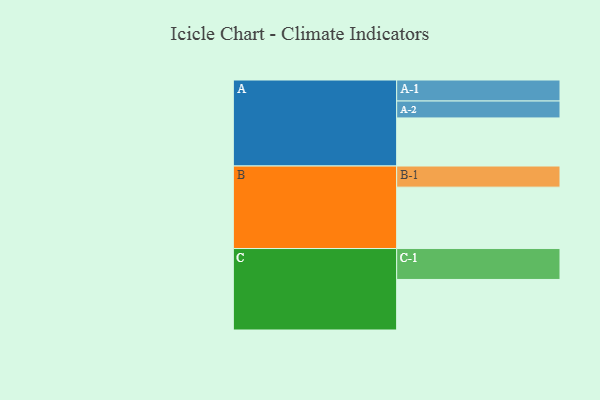
{"axis": {"x": "Segment", "y": "Value"}, "legend": ["", "A", "B", "C"], "data": [{"x": "A", "y": 412, "type": ""}, {"x": "B", "y": 526, "type": ""}, {"x": "C", "y": 433, "type": ""}, {"x": "A-1", "y": 180, "type": "A"}, {"x": "A-2", "y": 145, "type": "A"}, {"x": "B-1", "y": 181, "type": "B"}, {"x": "C-1", "y": 265, "type": "C"}]}